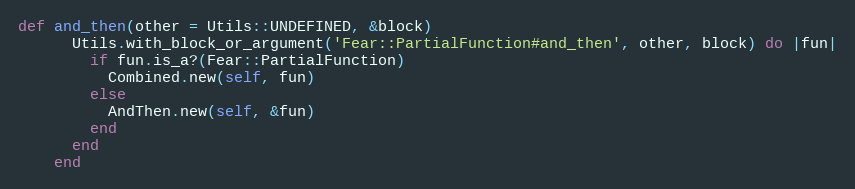
Language: Ruby
def and_then(other = Utils::UNDEFINED, &block)
      Utils.with_block_or_argument('Fear::PartialFunction#and_then', other, block) do |fun|
        if fun.is_a?(Fear::PartialFunction)
          Combined.new(self, fun)
        else
          AndThen.new(self, &fun)
        end
      end
    end